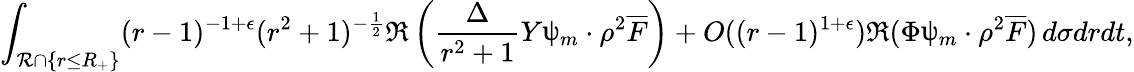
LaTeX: \int_{\mathcal{R}\cap\{ r\leq R_{+}\} }(r-1)^{-1+\epsilon}(r^{2}+1)^{-\frac{1}{2}}\Re\left(\frac{\Delta}{r^{2}+1}Y\uppsi_{m}\cdot\rho^{2}\overline{{F}}\right)+O((r-1)^{1+\epsilon})\Re(\Phi\uppsi_{m}\cdot\rho^{2}\overline{{F}})\, d\sigma drdt,